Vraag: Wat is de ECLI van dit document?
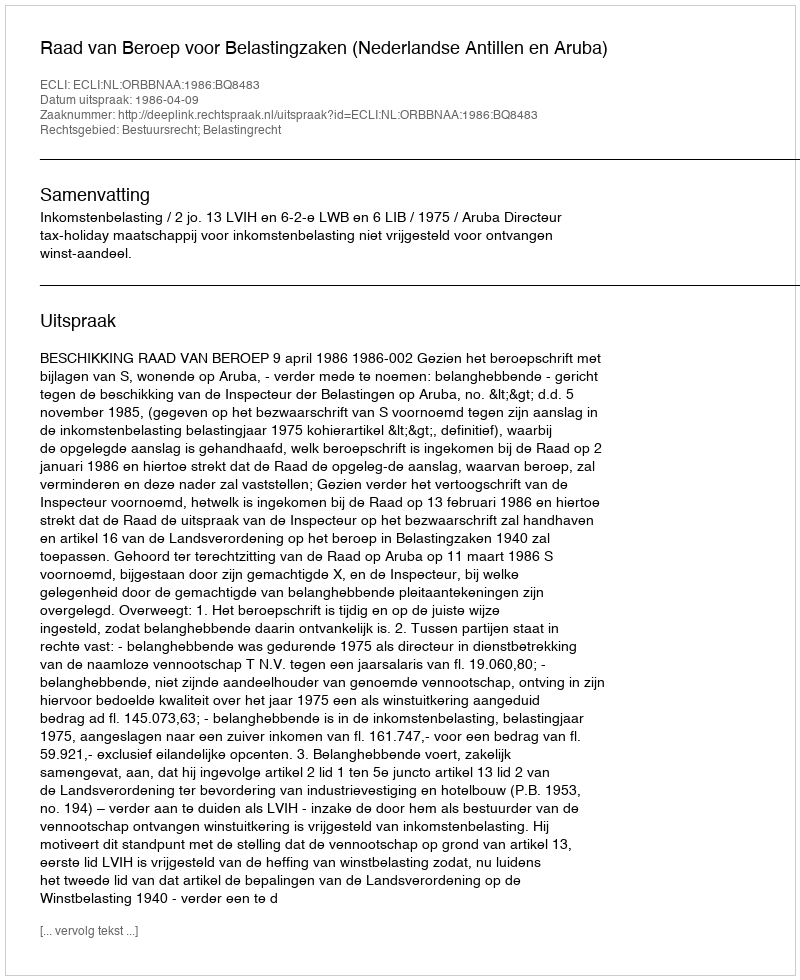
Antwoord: ECLI:NL:ORBBNAA:1986:BQ8483